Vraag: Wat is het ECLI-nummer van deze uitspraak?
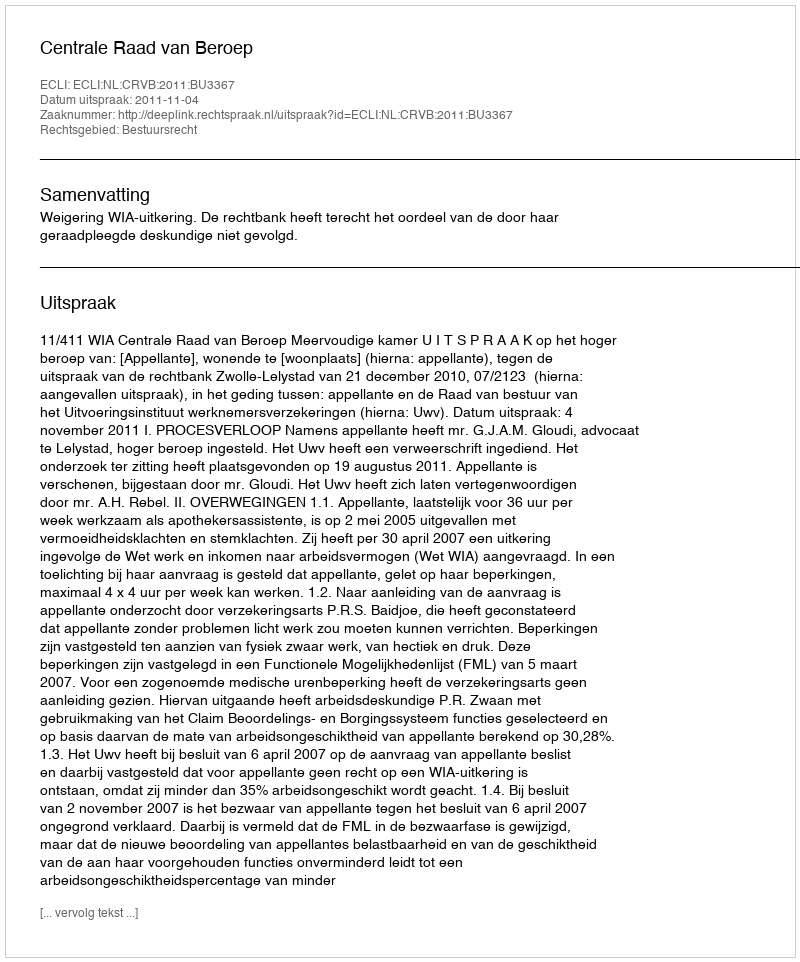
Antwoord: ECLI:NL:CRVB:2011:BU3367